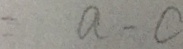
= a - c